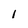
Character: 1